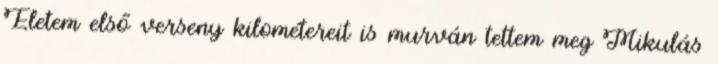
Életem első verseny kilométereit is murván tettem meg Mikulás